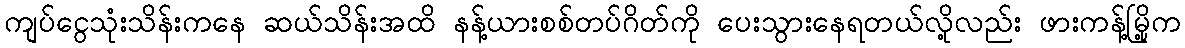
ကျပ်ငွေသုံးသိန်းကနေ ဆယ်သိန်းအထိ နန့်ယားစစ်တပ်ဂိတ်ကို ပေးသွားနေရတယ်လို့လည်း ဖားကန့်မြို့က